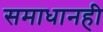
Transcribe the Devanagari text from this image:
समाधानही